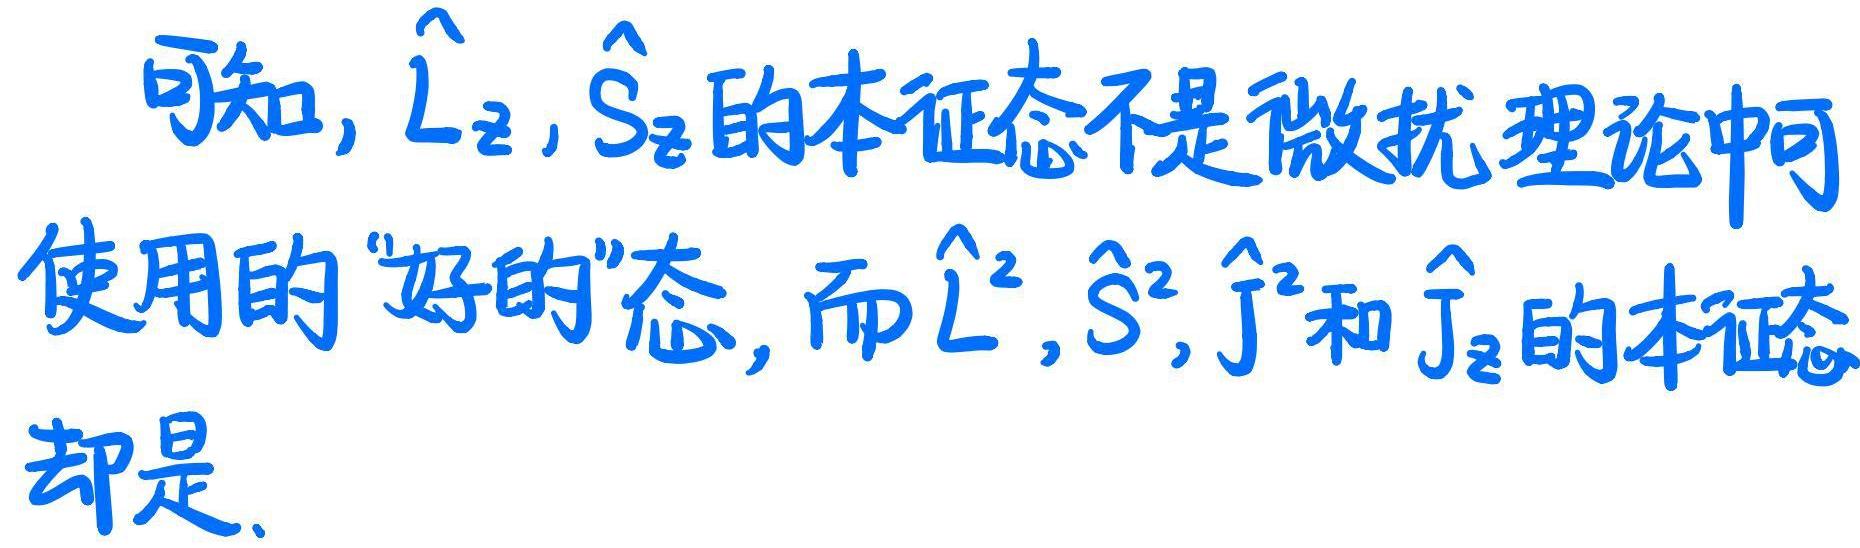
可知, $\hat{L}_{z},\hat{S}_{z}$ 的本征态不是微扰理论中可使用的“好的”态, 而 $\hat{L}^{2},\hat{S}^{2},\hat{J}^{2}$ 和 $\hat{J}_{z}$ 的本征态却是.